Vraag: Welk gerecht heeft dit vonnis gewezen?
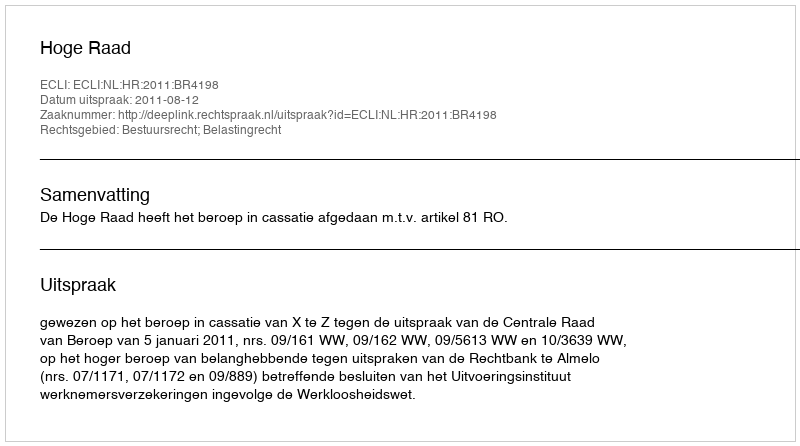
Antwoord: Hoge Raad